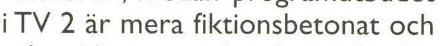
i TV 2 är mera fiktionsbetonat och